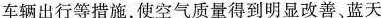
车辆出行等措施，使空气质量得到明显改善、蓝天